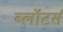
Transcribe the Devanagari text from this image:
ब्लॉटर्स